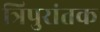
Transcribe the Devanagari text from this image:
त्रिपुरांतक